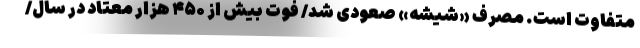
متفاوت است. مصرف «شیشه» صعودی شد/ فوت بیش از ۴۵۰ هزار معتاد در سال/